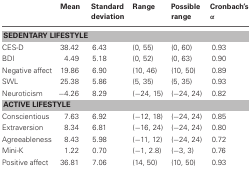
<table><thead><tr><td></td><td><b>Mean</b></td><td><b>Standard deviation</b></td><td><b>Range</b></td><td><b>Possible range</b></td><td><b>Cronbach&#x27;s α</b></td></tr></thead><tbody><tr><td colspan="6"><b>SEDENTARY LIFESTYLE</b></td></tr><tr><td>CES-D</td><td>38.42</td><td>6.43</td><td>(0, 55)</td><td>(0, 60)</td><td>0.93</td></tr><tr><td>BDI</td><td>4.49</td><td>5.18</td><td>(0, 52)</td><td>(0, 63)</td><td>0.90</td></tr><tr><td>Negative affect</td><td>19.86</td><td>6.90</td><td>(10, 46)</td><td>(10, 50)</td><td>0.89</td></tr><tr><td>SWL</td><td>25.38</td><td>5.86</td><td>(5, 35)</td><td>(5, 35)</td><td>0.93</td></tr><tr><td>Neuroticism</td><td>−4.26</td><td>8.29</td><td>(−24, 15)</td><td>(−24, 24)</td><td>0.82</td></tr><tr><td colspan="6"><b>ACTIVE LIFESTYLE</b></td></tr><tr><td>Conscientious</td><td>7.63</td><td>6.92</td><td>(−12, 18)</td><td>(−24, 24)</td><td>0.85</td></tr><tr><td>Extraversion</td><td>8.34</td><td>6.81</td><td>(−16, 24)</td><td>(−24, 24)</td><td>0.80</td></tr><tr><td>Agreeableness</td><td>8.43</td><td>5.98</td><td>(−11, 12)</td><td>(−24, 24)</td><td>0.72</td></tr><tr><td>Mini-K</td><td>1.22</td><td>0.70</td><td>(−1, 2.8)</td><td>(−3, 3)</td><td>0.76</td></tr><tr><td>Positive affect</td><td>36.81</td><td>7.06</td><td>(14, 50)</td><td>(10, 50)</td><td>0.93</td></tr></tbody></table>